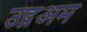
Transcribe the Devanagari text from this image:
उद्गअम